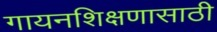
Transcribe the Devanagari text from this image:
गायनशिक्षणासाठी